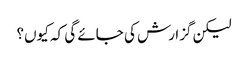
لیکن گزارش کی جائے گی کہ کیوں؟